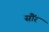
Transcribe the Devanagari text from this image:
सौंर